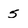
Character: 5